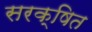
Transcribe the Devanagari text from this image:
सरक्षित